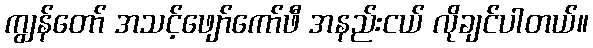
ကျွန်တော် အသင့်ဖျော်ကော်ဖီ အနည်းငယ် လိုချင်ပါတယ်။